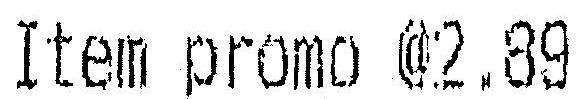
ITEM PROMO @2.89